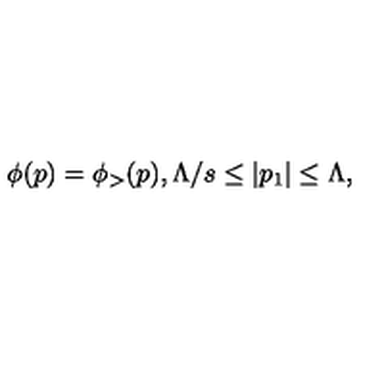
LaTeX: \phi ( p ) = \phi _ { > } ( p ) , \Lambda / s \leq | p _ { 1 } | \leq \Lambda ,